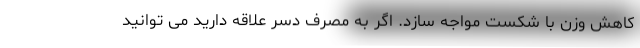
کاهش وزن با شکست مواجه سازد. اگر به مصرف دسر علاقه دارید می توانید